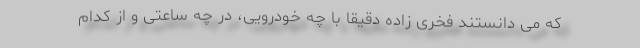
که می دانستند فخری زاده دقیقاً با چه خودرویی، در چه ساعتی و از کدام